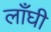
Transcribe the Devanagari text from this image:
लाँघी